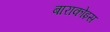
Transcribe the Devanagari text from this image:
बाराकोइस